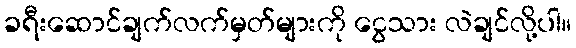
ခရီးဆောင်ချက်လက်မှတ်များကို ငွေသား လဲချင်လို့ပါ။